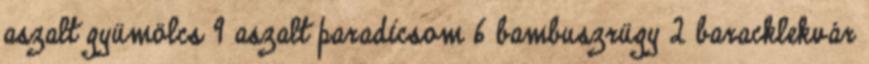
aszalt gyümölcs 9 aszalt paradicsom 6 bambuszrügy 2 baracklekvár